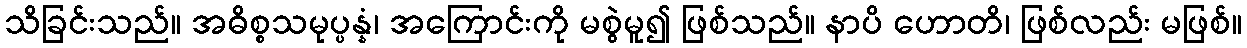
သိခြင်းသည်။ အဓိစ္စသမုပ္ပန္နံ၊ အကြောင်းကို မစွဲမူ၍ ဖြစ်သည်။ နာပိ ဟောတိ၊ ဖြစ်လည်း မဖြစ်။